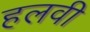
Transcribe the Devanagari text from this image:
हलवी